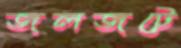
জলজটে